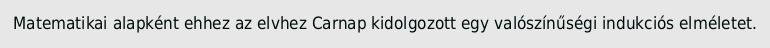
Matematikai alapként ehhez az elvhez Carnap kidolgozott egy valószínűségi indukciós elméletet.